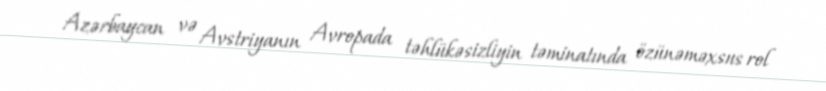
Azərbaycan və Avstriyanın Avropada təhlükəsizliyin təminatında özünəməxsus rol